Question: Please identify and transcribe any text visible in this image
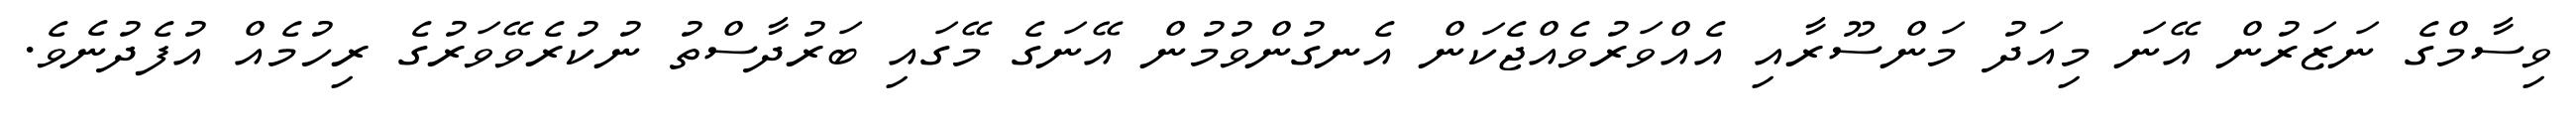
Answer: ވިސާމްގެ ނަޒަރުން އޭނަ މިއަދު މަންސޫރާއި އެއްވަރުވެއްޖެކަން އެނގުންވުމުން އޭނަގެ މޭގައި ބަރުދާސްތު ނުކުރެވޭވަރުގެ ރިހުމެއް އުފެދުނެވެ.